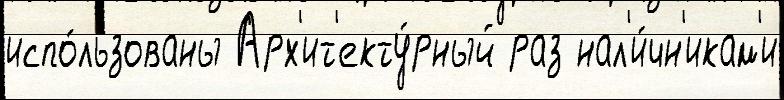
испо́льзованы Арх'ит'екту́рный раз нал'и́чн'икам'и